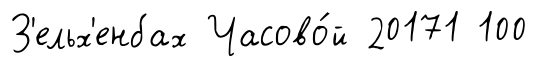
З'ельх'енбах Часово́й 20171 100